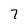
Character: 7